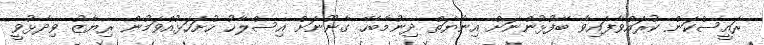
ރައީސްކަން ކުރައްވާފައިވާ ބޭފުޅުންނަށް އިނާޔަތް ދިނުމާބެހޭ ގާނޫނަށް އިސްލާހު ހުށަހަޅުއްވަމުން ރިޔާޒު ވިދާޅުވީ